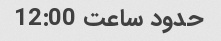
حدود ساعت 12:00